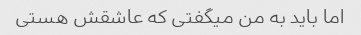
اما باید به من میگفتی که عاشقش هستی